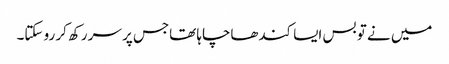
میں نے تو بس ایسا کندھاچاہا تھاجس پر سر رکھ کر رو سکتا۔